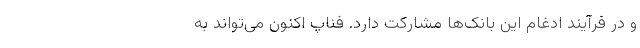
و در فرآیند ادغام این بانک‌ها مشارکت دارد. فناپ اکنون می‌تواند به